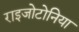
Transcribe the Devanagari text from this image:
राइजोटोनिया